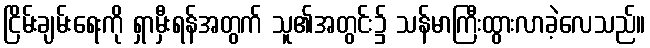
ငြိမ်းချမ်းရေးကို ရှာမှီးရန်အတွက် သူ၏အတွင်း၌ သန်မာကြီးထွားလာခဲ့လေသည်။